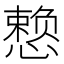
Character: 𪬯